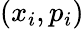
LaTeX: (x_{i},p_{i})